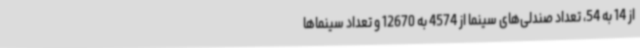
از 14 به 54، تعداد صندلی‌های سینما از 4574 به 12670 و تعداد سینماها